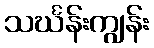
သင်္ဃန်းကျွန်း